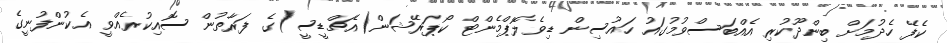
ކެފޭ ހެދުމަށް ބިންދޫކުރި އެއްބަސްވުމުގައު ހައުސިން ޑިވެލޮޕްމެންޓް ކޯޕަރޭޝަން(އެޗްޑީސީ)ގެ ފަރާތުން ސޮއިކުރެއްވީ އެކުންފުނީގެ